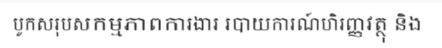
បូកសរុបសកម្មភាពការងារ របាយការណ៍ហិរញ្ញវត្ថុ និង